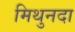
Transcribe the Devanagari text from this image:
मिथुनदा